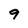
Character: 9